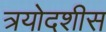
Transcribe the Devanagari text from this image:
त्रयोदशीस